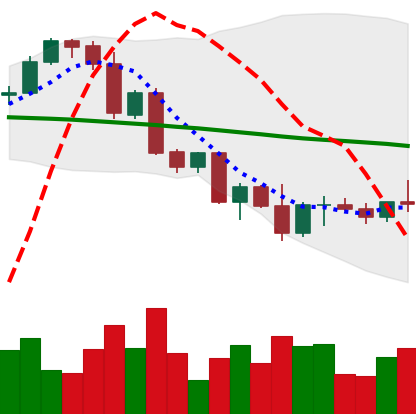
Ticker: ETH-USD
Chart end date: 2022-09-27
Forward return: -4.062%
Label: down_3_5